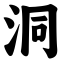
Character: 洞